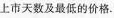
上市天数及最低的价格.